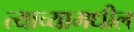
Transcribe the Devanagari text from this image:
त्याच्यामधील